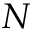
N